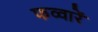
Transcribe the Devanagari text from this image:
फव्वारें